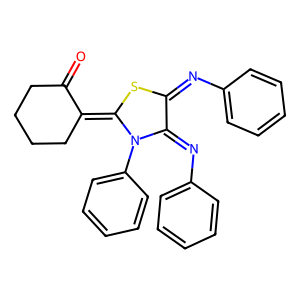
SMILES: O=C1CCCCC1=C1SC(=Nc2ccccc2)C(=Nc2ccccc2)N1c1ccccc1
Inhibits HIV replication: No